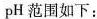
的pH范围如下：